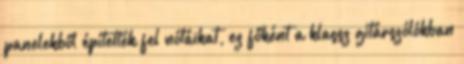
panelekből építették fel nótáikat, ez főként a klassz gitárszólókban